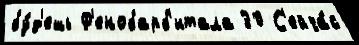
бу́д'ешь Ф'енобарб'итала 30 С'ейча́с